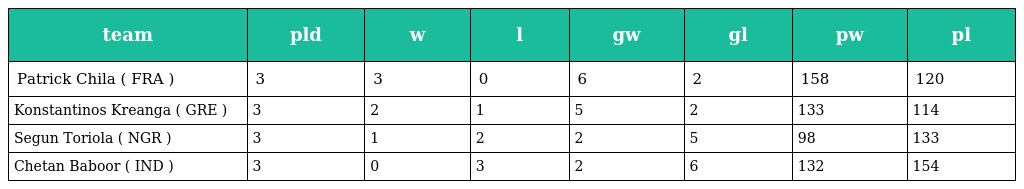
| team | pld | w | l | gw | gl | pw | pl |
 | --- | --- | --- | --- | --- | --- | --- | --- |
 | Patrick Chila ( FRA ) | 3 | 3 | 0 | 6 | 2 | 158 | 120 |
 | Konstantinos Kreanga ( GRE ) | 3 | 2 | 1 | 5 | 2 | 133 | 114 |
 | Segun Toriola ( NGR ) | 3 | 1 | 2 | 2 | 5 | 98 | 133 |
 | Chetan Baboor ( IND ) | 3 | 0 | 3 | 2 | 6 | 132 | 154 |